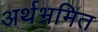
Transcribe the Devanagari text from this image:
अर्थभ्रमित